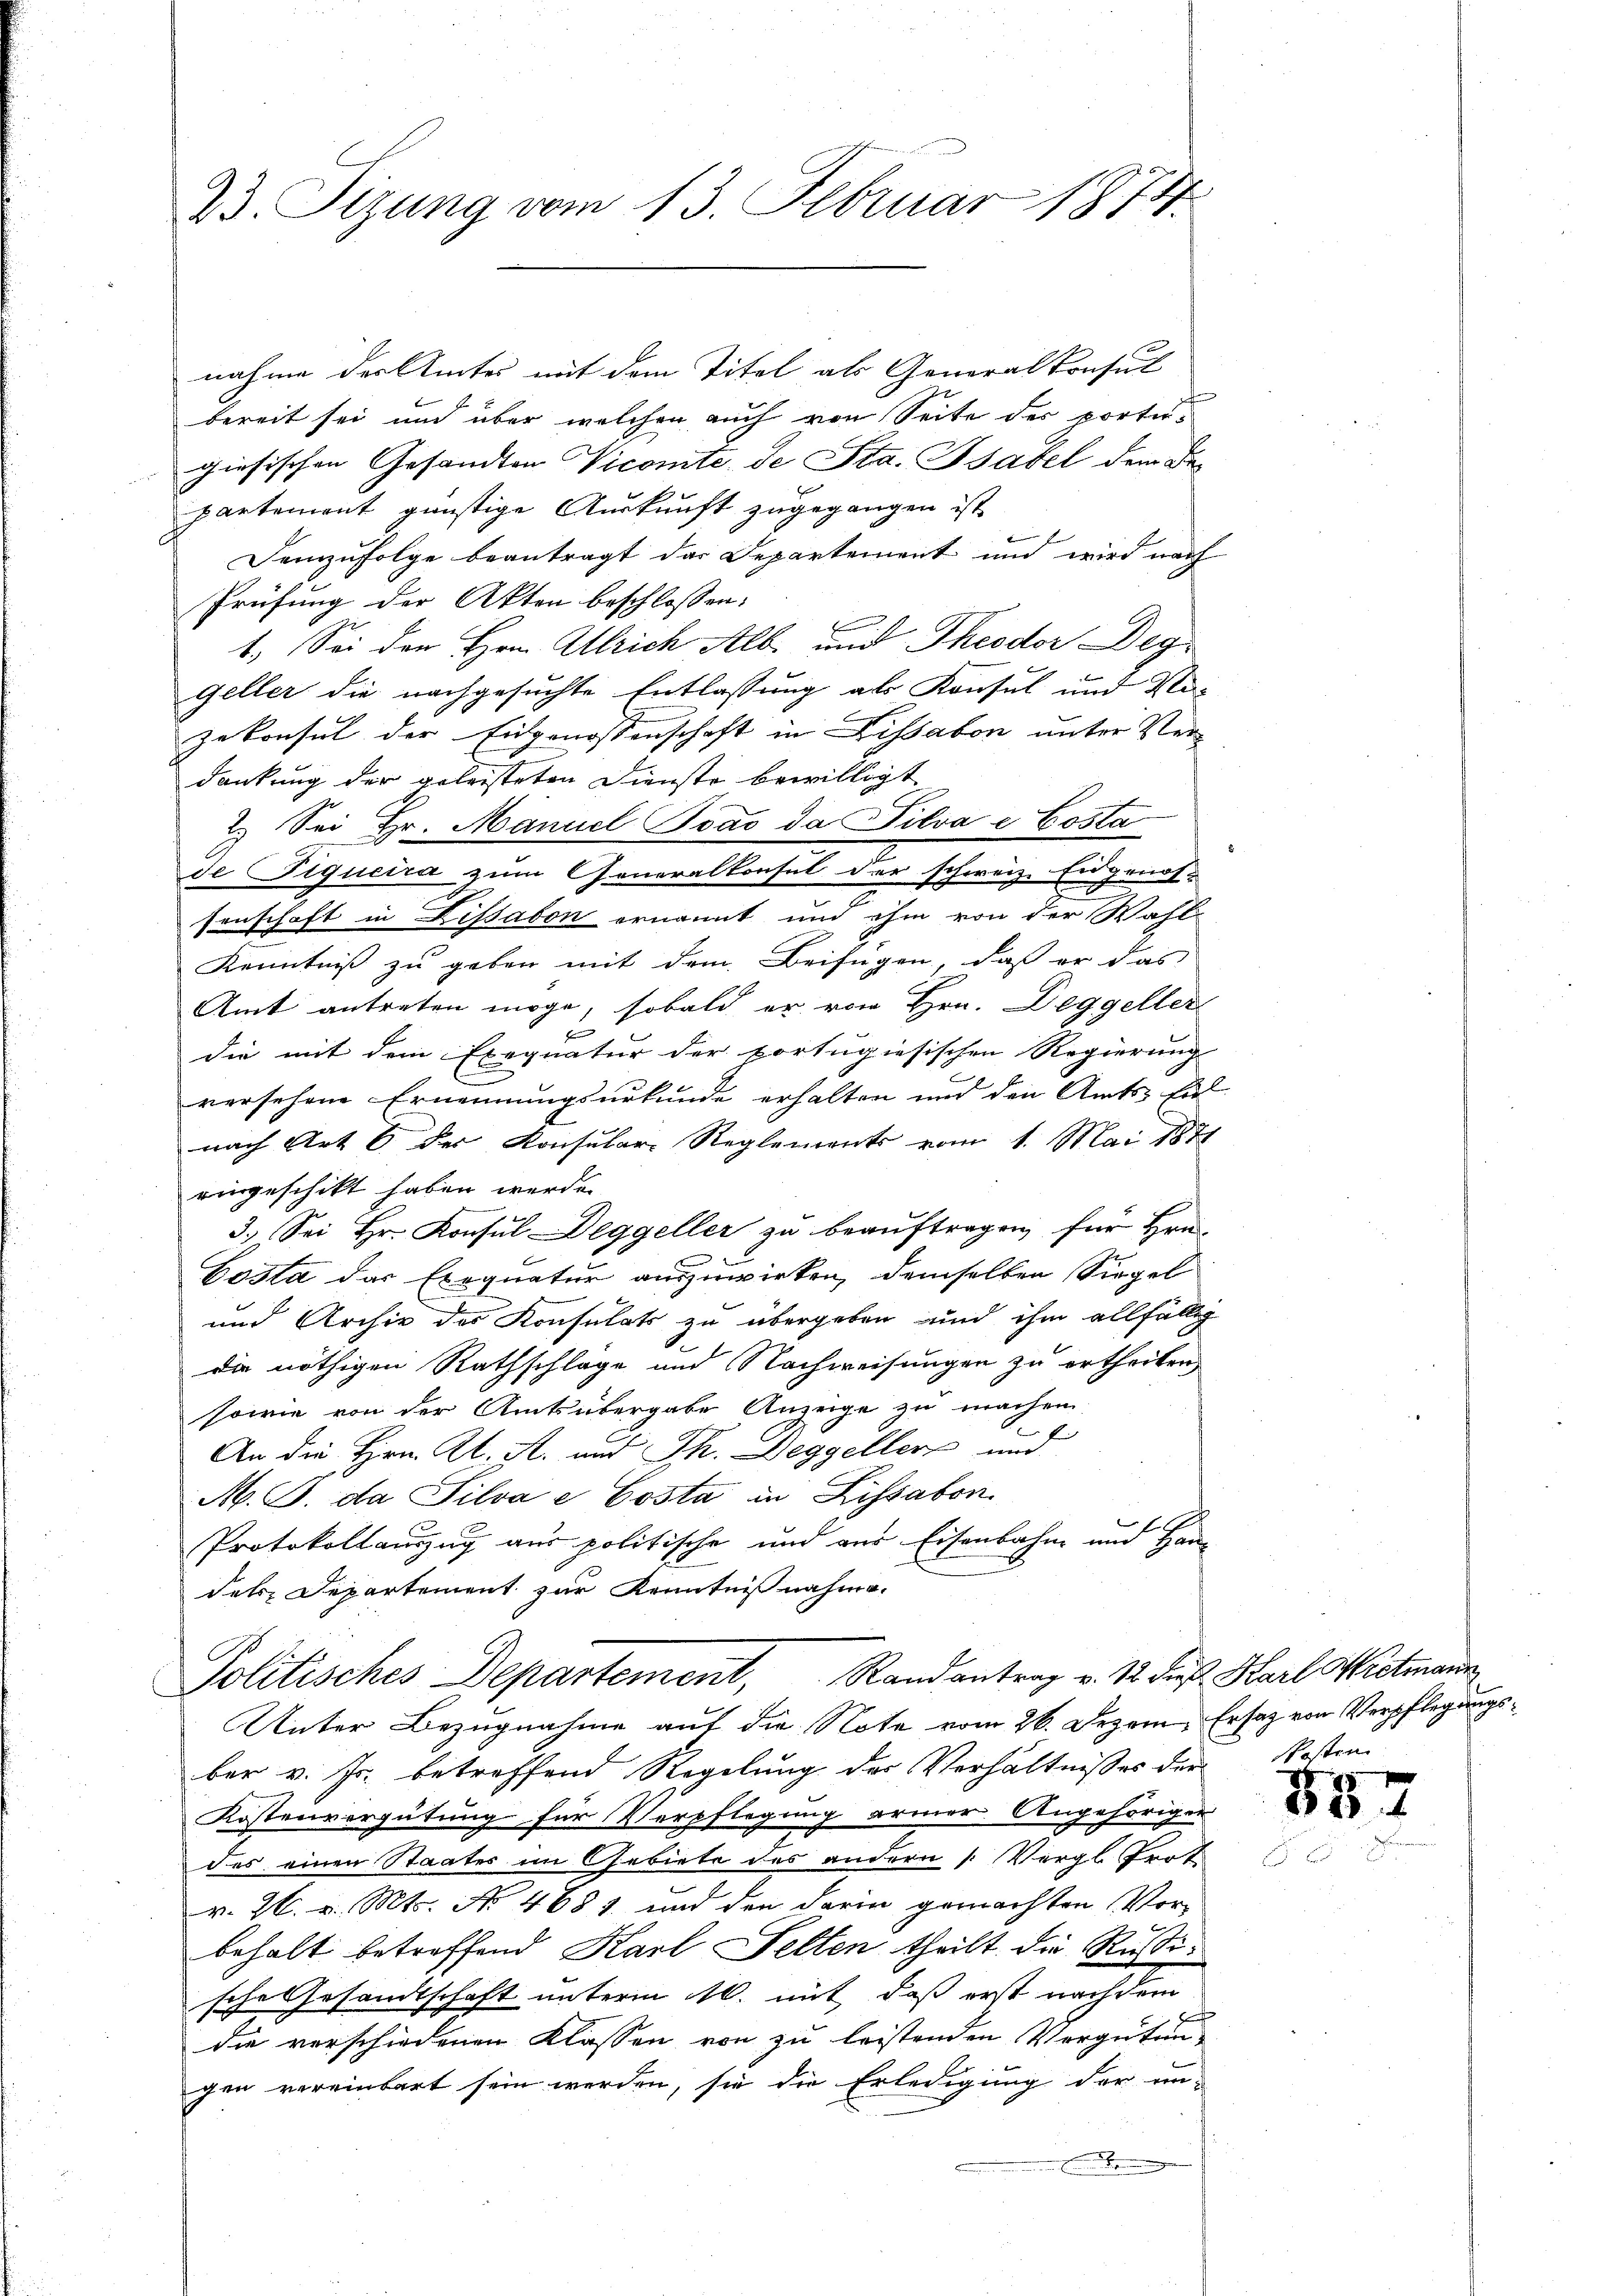
23 Sizung vom 13. Februar 1874.

nahme der Amtes mit dem Titel als Generalkonsul
bereit sei und über welchen auch von Seite des portigiesischen Gesandten Vicomite de Sta. Bsabel dem Departement günstige Auskunft zugegangen ist
Demzufolge beantragt das Departement und wird nach
Prüfung der Akten beschlossen:
1. Sei den Hrn. Alrich Alb. und Theodor Deg¬
Geller die nachgesuchte Entlassung als Konsul und Na-
zekonsul der Eingenossenschaft in Lissabon unter Verdankung der geleisteten Dienste bewilligt
2.) Sei Hr. Manuel Idas da Silva e Costa
de Piqucira zum Generalkonsul der schweiz. Eidgenos-
senschaft in Lissabon ernannt und ihm von der Wahl-
Kenntniß zu geben mit dem Beifügen, daß er das
Amt antreten möge, sobald er von Hrn. Deggeller
die mit dem Exequatur der portugiesischen Regierung
versehene Ernennungsurkunde erhalten und den Amts-Ein
nach Art 6 des Konsular- Reglements vom 1. Mai 1871
ringeschickt haben werde.
3. Sei Hr. Konsul Deggeller zu beauftragen, für Hrn.
Costa das Exequatur auszuwirken, demselben Siegel
und Archiv des Konsulats zu übergeben und ihm allfällig
die nöthigen Rathschlage und Nachweisungen zu ertheilen,
sowie von der Amtsübergabe Anzeige zu machen
E
An die Hrn. Kl. A. und Th. Deggeller und
M. J. da Silva e Costa in Lissabon.
¬
Protokollauszug aus politische und aus Eisenbahn und Han-
dels Departement zur Kenntnißnahme.
Politisches Departement, Randantrag v. 12. dieß Karl Wietmann
Unter Bezugnahme auf die Note vom 26. Dezem Ersatz von Verpflegungsber v. Js. betreffend Regelung der Verhältnisses der
Kostenvergütung für Verpflegung armer Angehörigen
des einen Staates im Gebiete des andern /: Vergl. Trot
v. 26. v. Mts. No 468 und den darin gemachten Vorbehalt betreffend Karl Selten theilt die Rußische Gesandtschaft unterm 10. mit, daß erst nach dem
x
die verschiedenen Klassen von zu leistenden Vergütun
gen vereinbart sein werden, sie die Erledigung der un-
 Es kommen

Kosten

35.